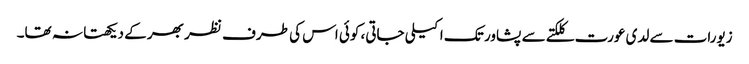
زیورات سے لدی عورت کلکتے سے پشاور تک اکیلی جاتی، کوئی اس کی طرف نظر بھر کے دیکھتا نہ تھا۔